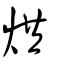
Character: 烘